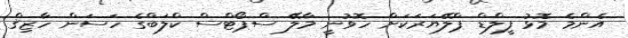
އެންމެ މޮޅު ފީލްޑް ޕްލޭޔަރަކަށް ހޮވުނީ މާލޭ ސްޕޯޓްސް ކްލަބްގެ ހަސަން ހާޒިޤް